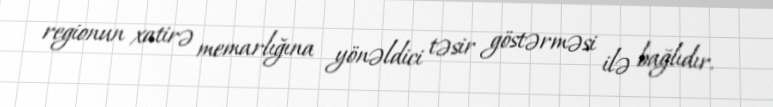
regionun xatirə memarlığına yönəldici təsir göstərməsi ilə bağlıdır.